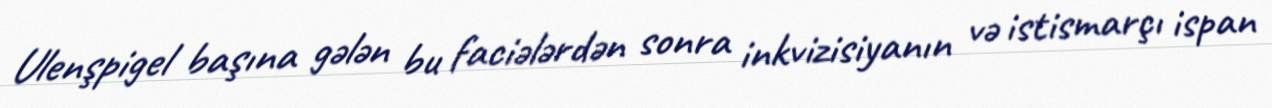
Ulenşpigel başına gələn bu faciələrdən sonra inkvizisiyanın və istismarçı ispan